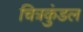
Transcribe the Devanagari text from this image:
चित्रकुंडल